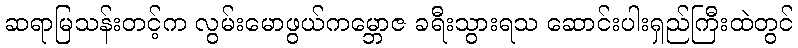
ဆရာမြသန်းတင့်က လွမ်းမောဖွယ်ကမ္ဘောဇ ခရီးသွားရသ ဆောင်းပါးရှည်ကြီးထဲတွင်